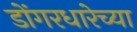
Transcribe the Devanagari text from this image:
डोंगरधारेच्या